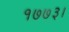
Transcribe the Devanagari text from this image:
१७७३।